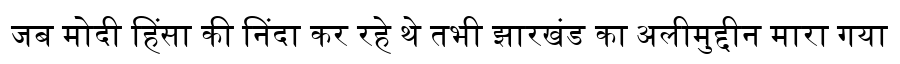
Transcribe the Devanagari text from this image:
जब मोदी हिंसा की निंदा कर रहे थे तभी झारखंड का अलीमुद्दीन मारा गया